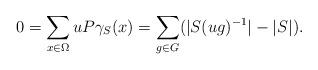
LaTeX: \begin{align*}0=\sum_{x\in \Omega}uP\gamma_S(x)=\sum_{g\in G}(|S(ug)^{-1}|-|S|).\end{align*}